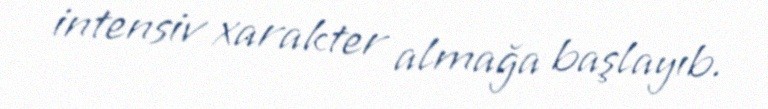
intensiv xarakter almağa başlayıb.